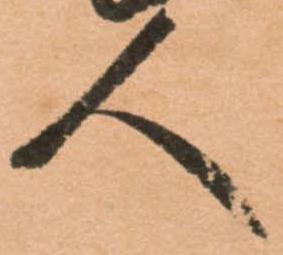
人